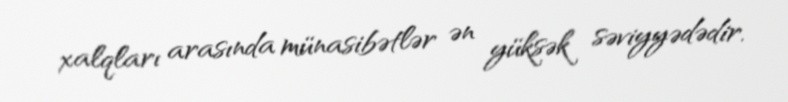
xalqları arasında münasibətlər ən yüksək səviyyədədir.